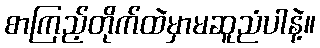
စာကြည့်တိုက်ထဲမှာမဆူညံပါနဲ့။